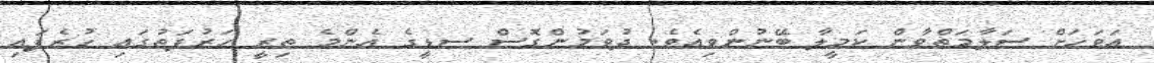
އަވަހަށް ސަލާމަތްވާން ކަމީލާ ބޭނުންވިއެވެ. ދުވަމުންގޮސް ސޑީގެ އެންމެ ތިރީ ހަރުފަތުގައި ހުރެފައި